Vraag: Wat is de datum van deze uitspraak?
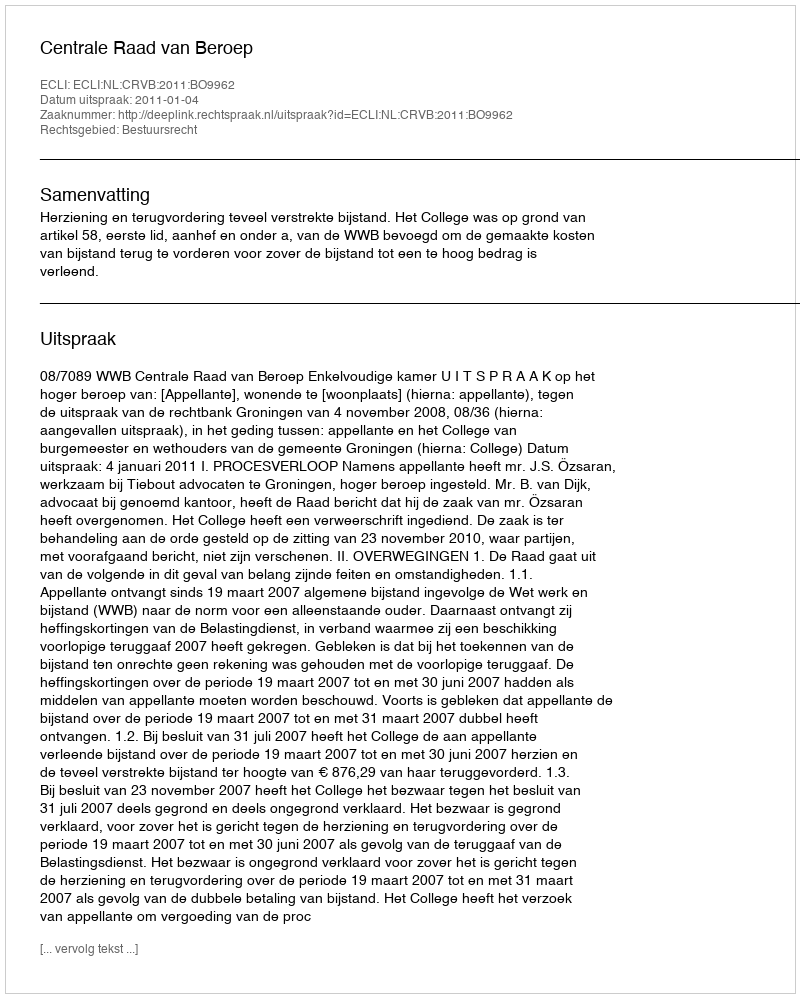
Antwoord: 2011-01-04